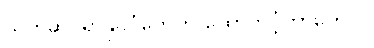
သက်ဆိုင်ရာနိုင်ငံတွေက ထောက်ပံ့တာတွေပါ။